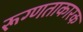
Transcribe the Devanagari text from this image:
रूग्णताकारक